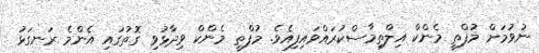
ނުވުމަށް މުފްތީ މެންކް އިލްތިމާސްކުރައްވައިފިއެވެ. މުފްތީ މެންކް ވިދާޅުވި ގޮތުގައި އެންމެ ރަނގަޅު